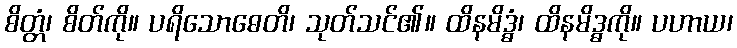
စိတ္တံ၊ စိတ်ကို။ ပရိသောဓေတိ၊ သုတ်သင်၏။ ထိနမိဒ္ဓံ၊ ထိနမိဒ္ဓကို။ ပဟာယ၊